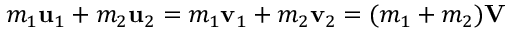
m _ { 1 } \mathbf { u } _ { 1 } + m _ { 2 } \mathbf { u } _ { 2 } = m _ { 1 } \mathbf { v } _ { 1 } + m _ { 2 } \mathbf { v } _ { 2 } = ( m _ { 1 } + m _ { 2 } ) \mathbf { V }